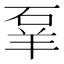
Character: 𬒌